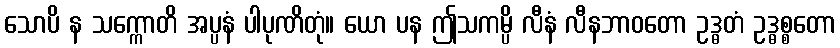
သောပိ န သက္ကောတိ အပ္ပနံ ပါပုဏိတုံ။ ယော ပန ဤသကမ္ပိ လီနံ လီနဘာဝတော ဥဒ္ဓတံ ဥဒ္ဓစ္စတော